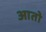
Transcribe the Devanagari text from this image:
आतो